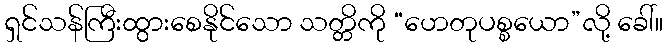
ရှင်သန်ကြီးထွားစေနိုင်သော သတ္တိကို “ဟေတုပစ္စယော”လို့ ခေါ်။